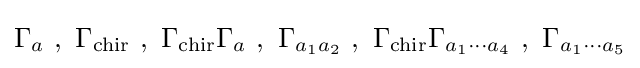
\Gamma _{a}~,~\Gamma _{\text{chir}}~,~\Gamma _{\text{chir}}\Gamma _{a}~,~\Gamma _{a_{1}a_{2}}~,~\Gamma _{\text{chir}}\Gamma _{a_{1}\dotsm a_{4}}~,~\Gamma _{a_{1}\dotsm a_{5}}